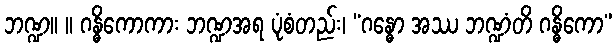
ဘဏ္ဍ။ ။ ဂန္ဓိကောကား ဘဏ္ဍအရ ပုံစံတည်း၊ “ဂန္ဓော အဿ ဘဏ္ဍံတိ ဂန္ဓိကော”